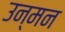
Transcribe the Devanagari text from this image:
उन्मन